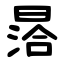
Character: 㬁